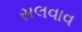
સલવાવ